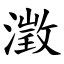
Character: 澂